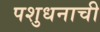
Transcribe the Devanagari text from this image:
पशुधनाची